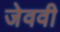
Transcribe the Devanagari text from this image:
जेववी